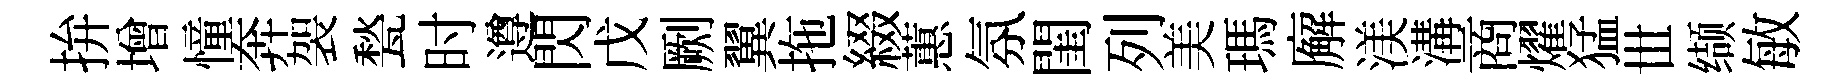
拚增憧奔袈甃时遵閃戊劂翼拖綴蕙氛閨列美瑪廨渼溝商燿猛𠀍缬敏